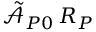
\tilde { \mathcal { A } } _ { P 0 } \, R _ { P }